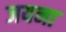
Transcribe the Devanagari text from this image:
जयना